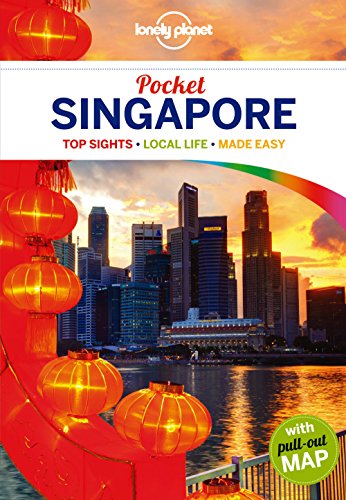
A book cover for Lonely Planet Pocket Singapore (Travel Guide); Lonely Planet; Travel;